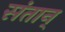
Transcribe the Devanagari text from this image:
संतान्